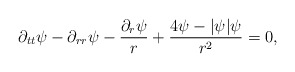
\begin{align*}\partial_{tt}\psi-\partial_{rr}\psi-\frac{\partial_r\psi}{r}+\frac{4\psi-|\psi|\psi}{r^2}=0,\end{align*}